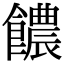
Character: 𩟊